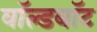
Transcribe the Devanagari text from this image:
वॉल्डबॉट